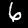
Label: 6